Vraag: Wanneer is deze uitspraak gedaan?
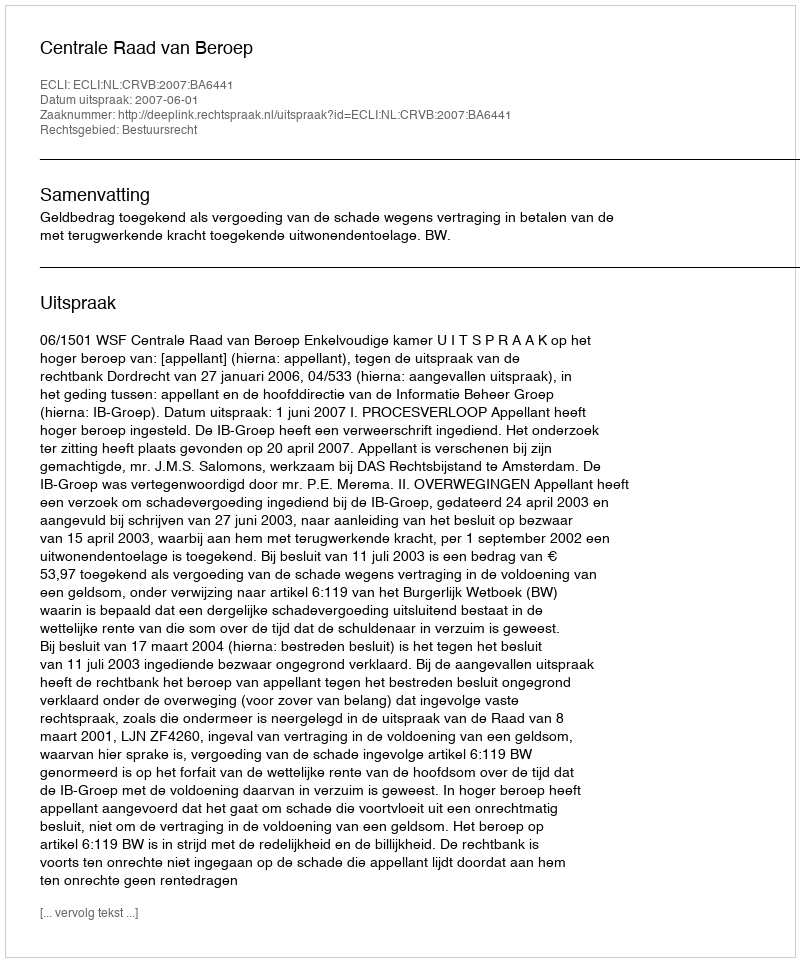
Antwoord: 2007-06-01